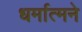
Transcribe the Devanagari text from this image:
धर्मात्मने